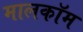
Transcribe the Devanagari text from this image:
मालकॉम